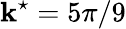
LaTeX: \mathbf{k}^{\star}=5\pi/9